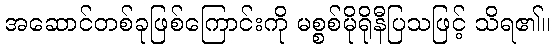
အဆောင်တစ်ခုဖြစ်ကြောင်းကို မစ္စစ်မိုရိုနီပြသဖြင့် သိရ၏။